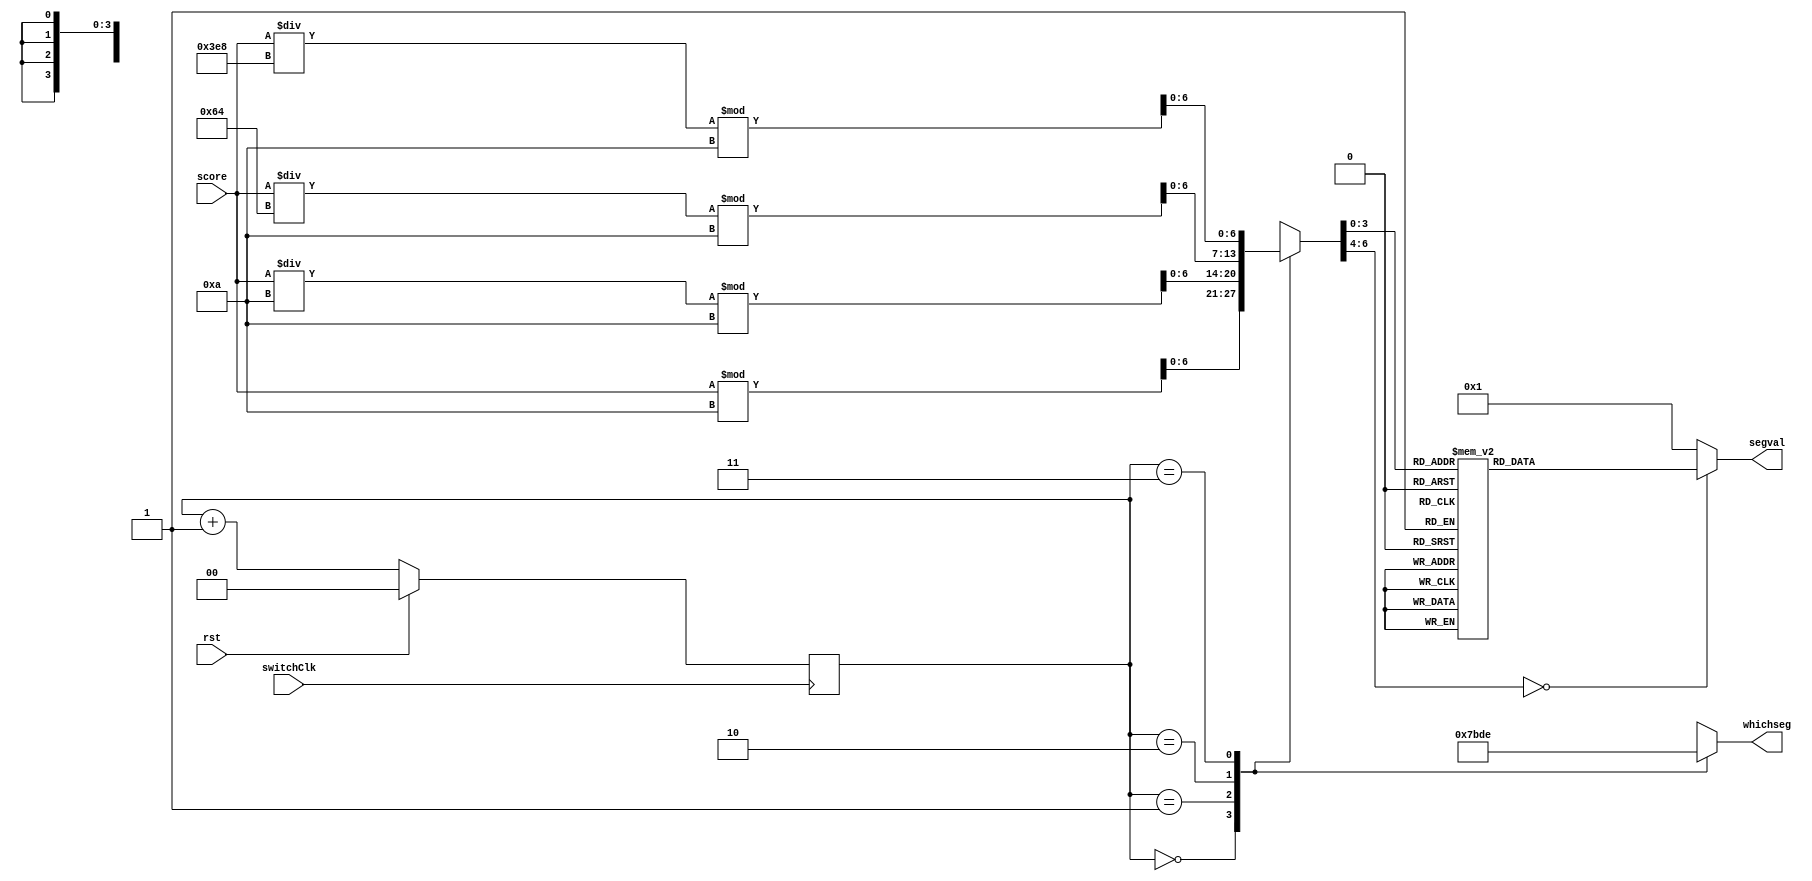
module display (switchClk, rst, score, segval, whichseg);
   
    input switchClk;
    input rst;
    input [13:0] score;
    output reg [6:0] segval;
    output reg [3:0] whichseg;

    reg [1:0] cntr;
    wire [6:0] digitval [3:0];
   
    assign digitval[0] = score % 10;
    assign digitval[1] = (score / 10) % 10;
    assign digitval[2] = (score / 100) % 10;
    assign digitval[3] = (score / 1000) % 10;
    
    // Which segment currently on
    always @ (*) begin
        case(cntr)
            0: begin whichseg = 4'b0111; end
            1: begin whichseg = 4'b1011; end
            2: begin whichseg = 4'b1101; end
            3: begin whichseg = 4'b1110; end
            default:  begin whichseg = 4'b0111; end
        endcase
    end
    
    // Value of segment currently on
    always @ (*) begin
        case(digitval[cntr])
            0: segval = 7'b0000001; // "0"     
            1: segval = 7'b1001111; // "1" 
            2: segval = 7'b0010010; // "2" 
            3: segval = 7'b0000110; // "3" 
            4: segval = 7'b1001100; // "4" 
            5: segval = 7'b0100100; // "5" 
            6: segval = 7'b0100000; // "6" 
            7: segval = 7'b0001111; // "7" 
            8: segval = 7'b0000000; // "8"     
            9: segval = 7'b0000100; // "9" 
            default: segval = 7'b0000001; // "0"
        endcase
    end
    
    // Switch between all segments
    always @(posedge switchClk) begin
        if (rst) begin
            cntr <= 0;
        end
        else begin
            cntr <= cntr + 1;
        end
    end
    
endmodule